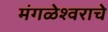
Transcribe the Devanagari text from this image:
मंगळेश्वराचे